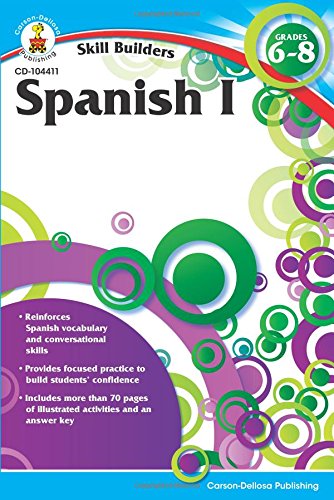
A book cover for Spanish I, Grades 6 - 8 (Skill Builders); Children's Books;